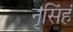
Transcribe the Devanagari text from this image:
नृसिंहं